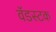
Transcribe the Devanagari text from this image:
वॅडस्टक